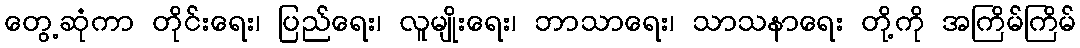
တွေ့ဆုံကာ တိုင်းရေး၊ ပြည်ရေး၊ လူမျိုးရေး၊ ဘာသာရေး၊ သာသနာရေး တို့ကို အကြိမ်ကြိမ်